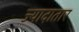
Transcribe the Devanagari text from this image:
ज्‍यादातार